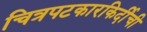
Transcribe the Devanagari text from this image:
चित्रपटकारकिर्दीची